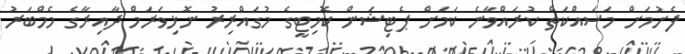
ފެށުމަށް މަސައްކަތް ކުރައްވާނެ ކަމަށް ޕެޓިޝަން ކޮމިޓީގެ މުގައްރިރު ނޮޅިވަރަމް ދާއިރާގެ މެމްބަރު